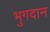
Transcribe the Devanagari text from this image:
भुगदान